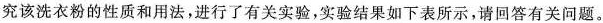
究该洗衣粉的性质和用法，进行了有关实验，实验结果如下表所示，请回答有关问题。